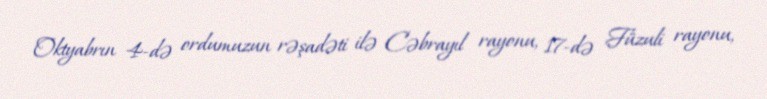
Oktyabrın 4-də ordumuzun rəşadəti ilə Cəbrayıl rayonu, 17-də Füzuli rayonu,